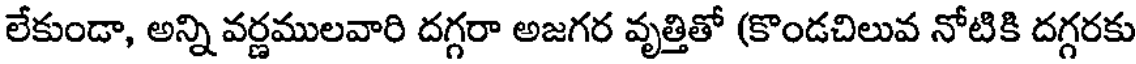
లేకుండా, అన్ని వర్ణములవారి దగ్గరా అజగర వృత్తితో (కొండచిలువ నోటికి దగ్గరకు